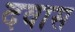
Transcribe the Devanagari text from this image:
दवास